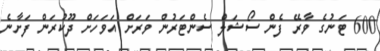
600 ޓަނުގެ ވާރޭ ފެން ސޯޝަލް ސެންޓަރުން ވަރަށް އަވަހަށް ދޫކުރަން ފަށާނެ